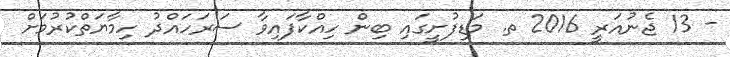
- 13 ޖެނުއަރީ 2016 ތ. މަޑިފުށީގައި ބިން ހިއްކާފައިވާ ސަރަހައްދު ހިމާޔަތްކުރުމަށް